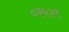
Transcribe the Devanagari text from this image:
०२५२९